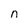
Character: n